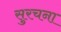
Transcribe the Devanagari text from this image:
सुरचना